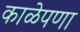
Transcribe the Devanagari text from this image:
काळेपणा